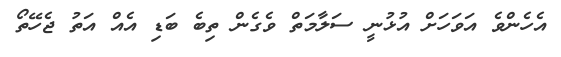
އެހެންވެ އަވަހަށް އުޅުނީ ސަލާމަތް ވެގެން ތިބެ ބަޑި އެއް އަތު ޖެހޭތޯ